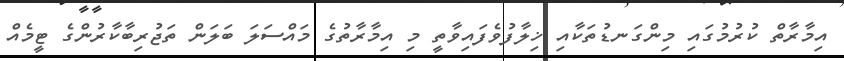
އިމާރާތް ކުރުމުގައި މިންގަނޑުތަކާއި ޚިލާފުވެފައިވާތީ މި އިމާރާތުގެ މައްސަލަ ބަލަން ތަޖުރިބާކާރުންގެ ޓީމެއް